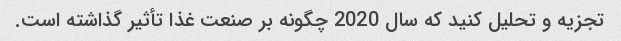
تجزیه و تحلیل کنید که سال 2020 چگونه بر صنعت غذا تأثیر گذاشته است.